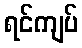
ရင်ကျပ်